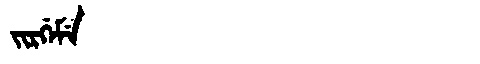
Manchu: ᠵᡳᡵᡤᡝᠮᡝ
Romanization: JIRGEME